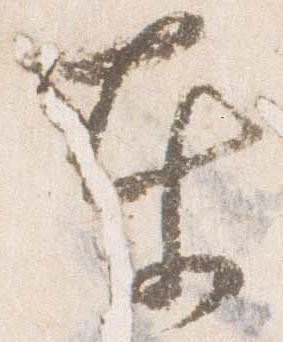
東